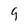
Character: 9